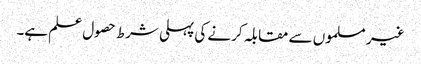
غیر مسلموں سے مقابلہ کرنے کی پہلی شرط حصول علم ہے۔